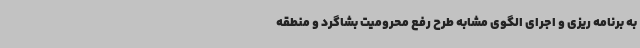
به برنامه ریزی و اجرای الگوی مشابه طرح رفع محرومیت بشاگرد و منطقه